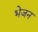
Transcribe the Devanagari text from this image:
भेजन